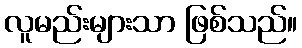
လူမည်းများသာ ဖြစ်သည်။